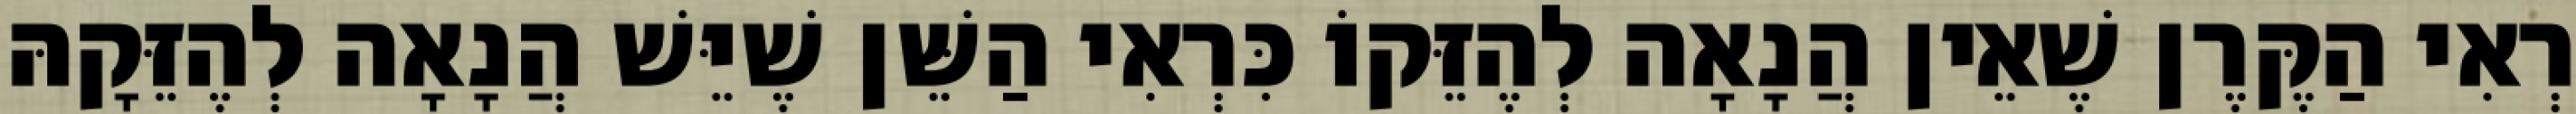
רְאִי הַקֶּרֶן שֶׁאֵין הֲנָאָה לְהֶזֵּקוֹ כִּרְאִי הַשֵּׁן שֶׁיֵּשׁ הֲנָאָה לְהֶזֵּקָהּ